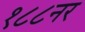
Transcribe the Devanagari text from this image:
१८८नर